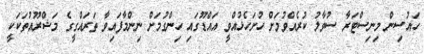
ހައުސިން މިނިސްޓަރާ ސުވާލު ކުރެއްވުމަށް ހުށަހެޅުއްވީ އައްޑޫގައި ހިންގުމަށް ނިންމާފައިވާ ތަރައްގީގެ މަޝްރޫއުތަކަކީ